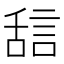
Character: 𬜇